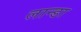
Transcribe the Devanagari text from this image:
लान्डा